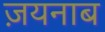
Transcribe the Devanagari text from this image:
ज़यनाब